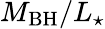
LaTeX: M_{\mathrm{BH}}/L_{\star}